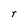
Character: r